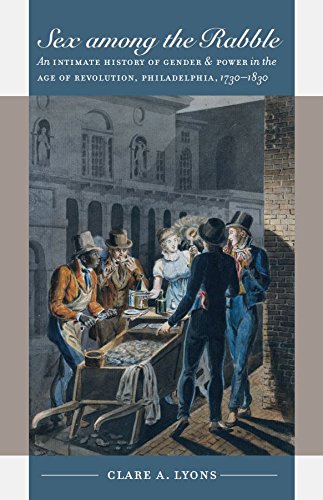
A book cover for Sex among the Rabble: An Intimate History of Gender and Power in the Age of Revolution, Philadelphia, 1730-1830 (Published for the Omohundro Institute ... History and Culture, Williamsburg, Virginia); Clare A. Lyons; Reference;